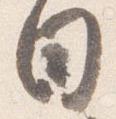
日